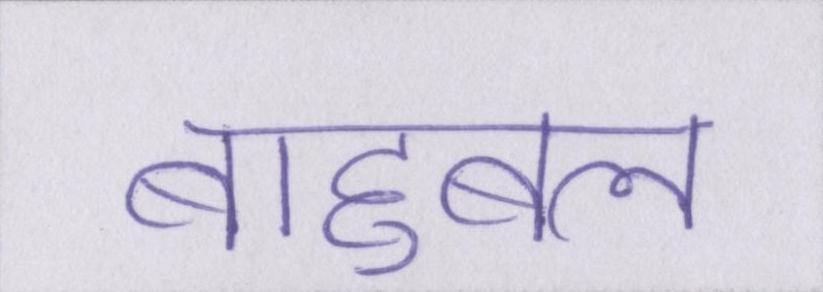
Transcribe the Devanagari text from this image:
बाहुबल